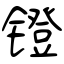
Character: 镫